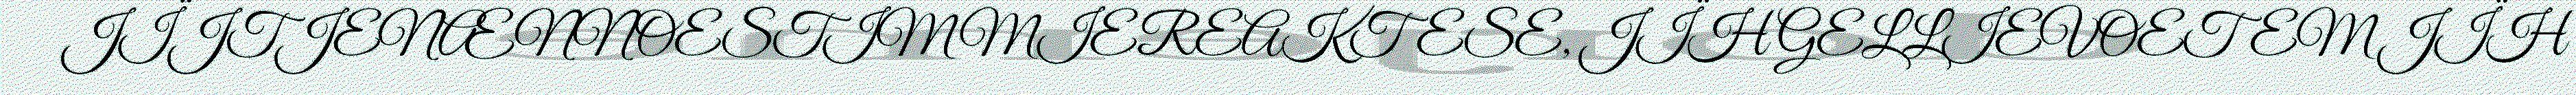
JÏJTJENÆNNOESTIMMIEREAKTESE, JÏH GELLIEVOETEM JÏH